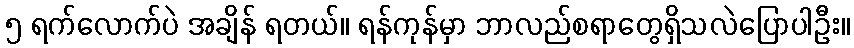
၅ ရက်လောက်ပဲ အချိန် ရတယ်။ ရန်ကုန်မှာ ဘာလည်စရာတွေရှိသလဲပြောပါဦး။